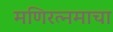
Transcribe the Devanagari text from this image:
मणिरत्नमाचा